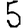
Digit: 5